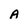
Character: A